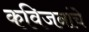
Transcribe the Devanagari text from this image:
कविजनांचे